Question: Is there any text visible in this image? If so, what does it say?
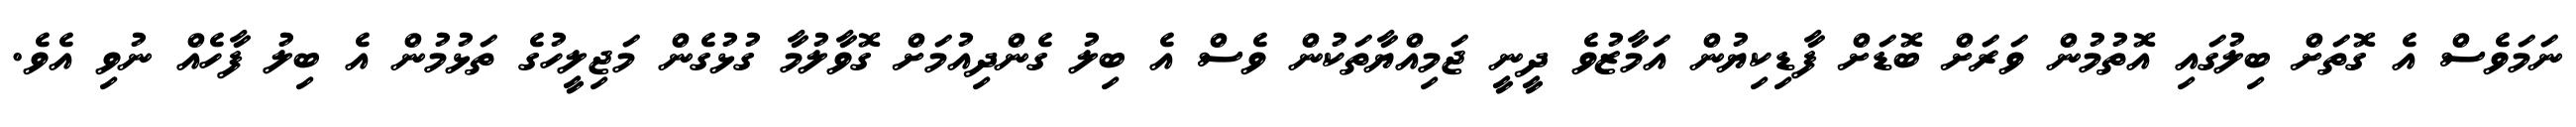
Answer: ނަމަވެސް އެ ގޮތަށް ބިލުގައި އޮތުމުން ވަރަށް ބޮޑަށް ފާޑިކިޔުން އަމާޒުވެ ދީނީ ޖަމިއްޔާތަކުން ވެސް އެ ބިލު ގެންދިއުމަށް ގޮވާލުމާ ގުޅުގެން މަޖިލީހުގެ ތަޅުމުން އެ ބިލު ފާހެއް ނުވި އެވެ.